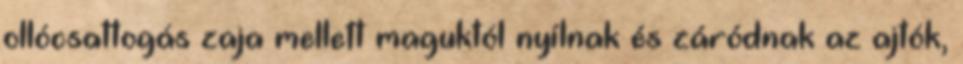
ollócsattogás zaja mellett maguktól nyílnak és záródnak az ajtók,